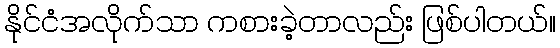
နိုင်ငံအလိုက်သာ ကစားခဲ့တာလည်း ဖြစ်ပါတယ်။